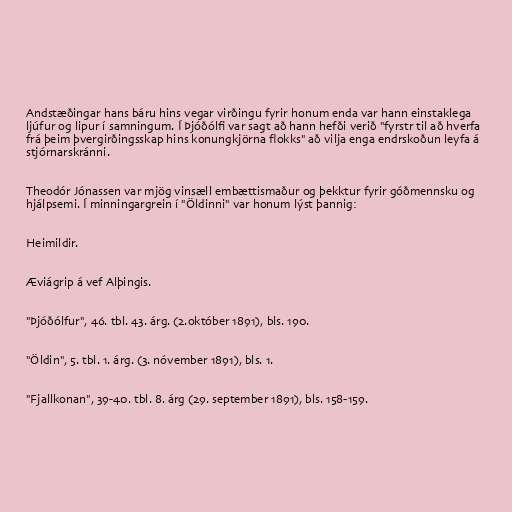
Andstæðingar hans báru hins vegar virðingu fyrir honum enda var hann einstaklega
ljúfur og lipur í samningum. Í Þjóðólfi var sagt að hann hefði verið "fyrstr til að hverfa
frá þeim þvergirðingsskap hins konungkjörna flokks" að vilja enga endrskoðun leyfa á
stjórnarskránni.

Theodór Jónassen var mjög vinsæll embættismaður og þekktur fyrir góðmennsku og
hjálpsemi. Í minningargrein í "Öldinni" var honum lýst þannig:

Heimildir.

Æviágrip á vef Alþingis.

"Þjóðólfur", 46. tbl. 43. árg. (2.október 1891), bls. 190.

"Öldin", 5. tbl. 1. árg. (3. nóvember 1891), bls. 1.

"Fjallkonan", 39-40. tbl. 8. árg (29. september 1891), bls. 158-159.